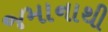
જમાનાથી